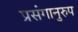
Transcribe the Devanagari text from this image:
प्रसंगानुरुप